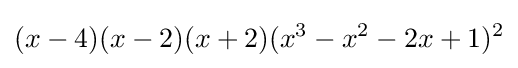
(x-4)(x-2)(x+2)(x^{3}-x^{2}-2x+1)^{2}